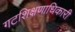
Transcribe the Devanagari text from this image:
गटशिक्षणाधिकारी